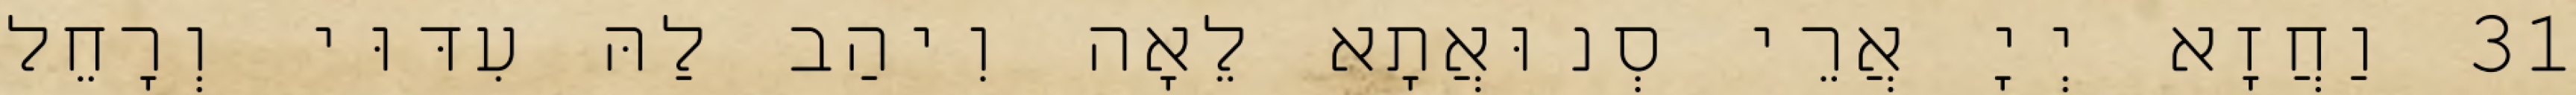
31 וַחֲזָא יְיָ אֲרֵי סְנוּאֲתָא לֵאָה וִיהַב לַהּ עִדּוּי וְרָחֵל